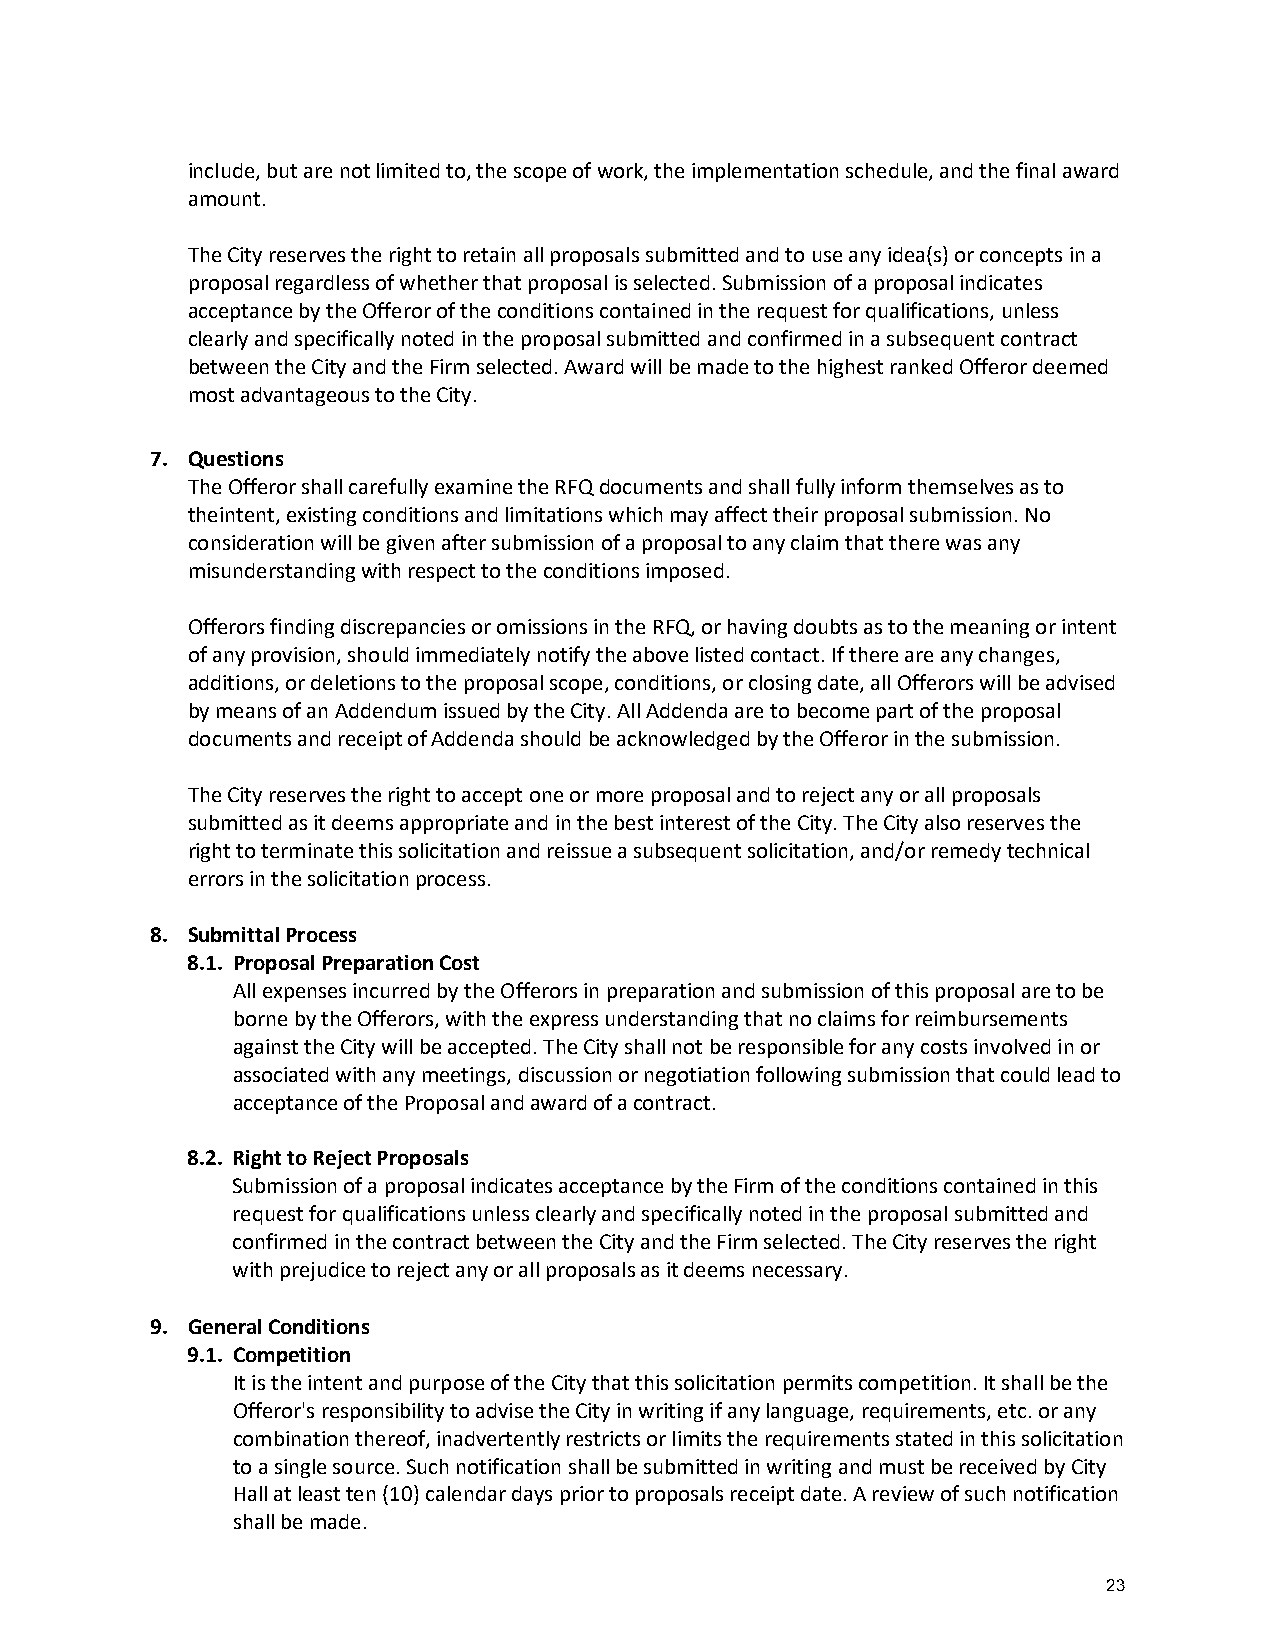
include, but are not limited to, the scope of work, the implementation schedule, and the final award
 amount.
 The City reserves the right to retain all proposals submitted and to use any idea(s) or concepts in a
 proposal regardless of whether that proposal is selected. Submission of a proposal indicates
 acceptance by the Offeror of the conditions contained in the request for qualifications, unless
 clearly and specifically noted in the proposal submitted and confirmed in a subsequent contract
 between the City and the Firm selected. Award will be made to the highest ranked Offeror deemed
 most advantageous to the City.
 7. Questions
 The Offeror shall carefully examine the RFQ documents and shall fully inform themselves as to
 the intent, existing conditions and limitations which may affect their proposal submission. No
 consideration will be given after submission of a proposal to any claim that there was any
 misunderstanding with respect to the conditions imposed.
 Offerors finding discrepancies or omissions in the RFQ, or having doubts as to the meaning or intent
 of any provision, should immediately notify the above listed contact. If there are any changes,
 additions, or deletions to the proposal scope, conditions, or closing date, all Offerors will be advised
 by means of an Addendum issued by the City. All Addenda are to become part of the proposal
 documents and receipt of Addenda should be acknowledged by the Offeror in the submission.
 The City reserves the right to accept one or more proposal and to reject any or all proposals
 submitted as it deems appropriate and in the best interest of the City. The City also reserves the
 right to terminate this solicitation and reissue a subsequent solicitation, and/or remedy technical
 errors in the solicitation process.
 8. Submittal Process
 8.1. Proposal Preparation Cost
 All expenses incurred by the Offerors in preparation and submission of this proposal are to be
 borne by the Offerors, with the express understanding that no claims for reimbursements
 against the City will be accepted. The City shall not be responsible for any costs involved in or
 associated with any meetings, discussion or negotiation following submission that could lead to
 acceptance of the Proposal and award of a contract.
 8.2. Right to Reject Proposals
 Submission of a proposal indicates acceptance by the Firm of the conditions contained in this
 request for qualifications unless clearly and specifically noted in the proposal submitted and
 confirmed in the contract between the City and the Firm selected. The City reserves the right
 with prejudice to reject any or all proposals as it deems necessary.
 9. General Conditions
 9.1. Competition
 It is the intent and purpose of the City that this solicitation permits competition. It shall be the
 Offeror's responsibility to advise the City in writing if any language, requirements, etc. or any
 combination thereof, inadvertently restricts or limits the requirements stated in this solicitation
 to a single source. Such notification shall be submitted in writing and must be received by City
 Hall at least ten (10) calendar days prior to proposals receipt date. A review of such notification
 shall be made.
 23